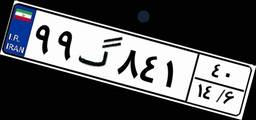
۹۹گ۸۴۱۴۰